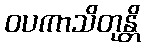
ဝပကာသိတုန္တိ